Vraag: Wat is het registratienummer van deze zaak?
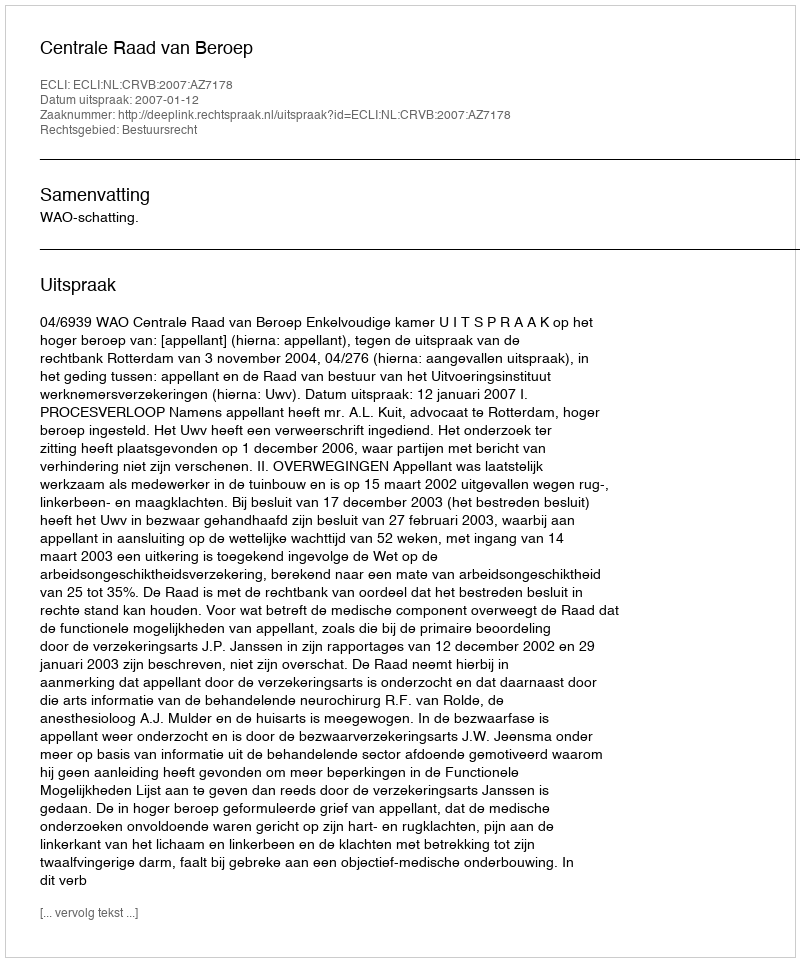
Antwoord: http://deeplink.rechtspraak.nl/uitspraak?id=ECLI:NL:CRVB:2007:AZ7178